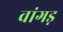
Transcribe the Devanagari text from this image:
वांगड़